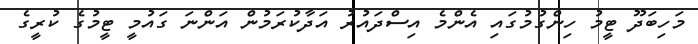
މަހިބަދޫ ޓީމު ހިންގުމުގައި އެންމެ އިސްދައުރު އަދާކުރަމުން އަންނަ ގައުމީ ޓީމުގެ ކުރީގެ